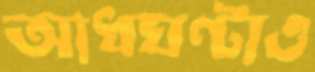
আধঘণ্টাও